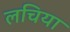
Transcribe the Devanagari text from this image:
लचिया